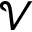
\mathcal { V }